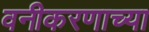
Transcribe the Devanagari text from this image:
वनीकरणाच्या